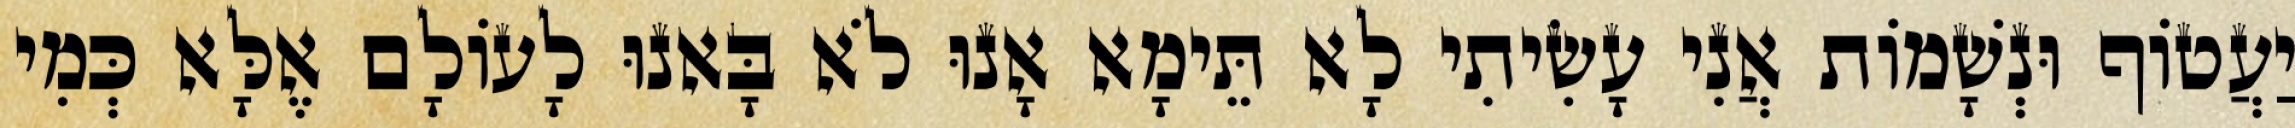
יַעֲטוֹף וּנְשָׁמוֹת אֲנִי עָשִׂיתִי לָא תֵּימָא אָנוּ לֹא בָּאנוּ לָעוֹלָם אֶלָּא כְּמִי